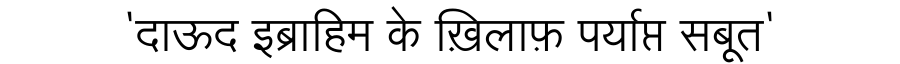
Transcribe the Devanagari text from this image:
'दाऊद इब्राहिम के ख़िलाफ़ पर्याप्त सबूत'